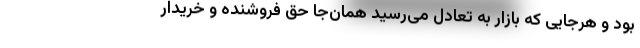
بود و هرجایی که بازار به تعادل می‌رسید همان‌جا حق فروشنده و خریدار